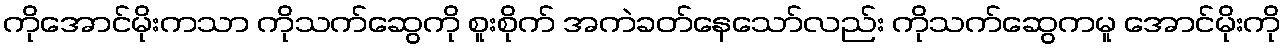
ကိုအောင်မိုးကသာ ကိုသက်ဆွေကို စူးစိုက် အကဲခတ်နေသော်လည်း ကိုသက်ဆွေကမူ အောင်မိုးကို